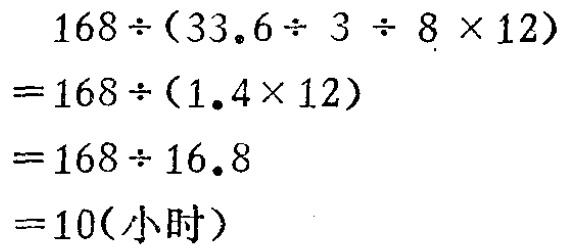
\[
\begin{align*}
&168\div(33.6\div3\div8\times12)\\
=&168\div(1.4\times12)\\
=&168\div16.8\\
=&10(\text{小时})
\end{align*}
\]